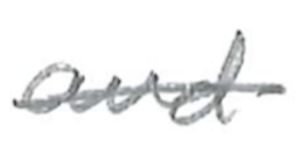
Text: and
Cross-out: mix
Writing tool: pencil